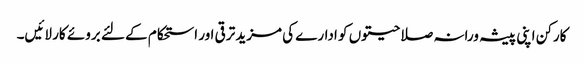
کارکن اپنی پیشہ ورانہ صلاحیتوں کو ادارے کی مزید ترقی اور استحکام کے لئے بروئے کار لائیں۔